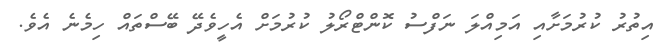
އިތުރު ކުރުމަށާއި އަމިއްލަ ނަފްސު ކޮންޓްރޯލު ކުރުމަށް އެހީވެދޭ ބޭސްތައް ހިމެނެ އެވެ.